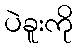
ပဲခူးကို